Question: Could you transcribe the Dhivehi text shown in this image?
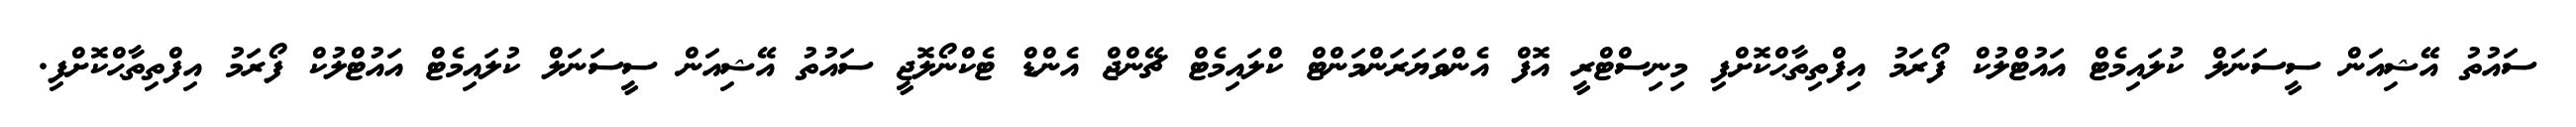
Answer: ސައުތު އޭޝިއަން ސީސަނަލް ކުލައިމެޓް އައުޓްލުކް ފޯރަމު އިފްތިތާޙްކޮށްފި މިނިސްޓްރީ އޮފް އެންވަޔަރަންމަންޓް ކްލައިމެޓް ޗޭންޖް އެންޑް ޓެކްނޯލޮޖީ ސައުތު އޭޝިއަން ސީސަނަލް ކުލައިމެޓް އައުޓްލުކް ފޯރަމު އިފްތިތާޙްކޮށްފި.